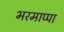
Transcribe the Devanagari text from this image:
भरमाप्पा